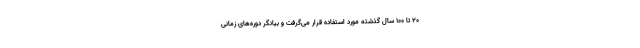
۲۰ تا ۱۰۰ سال گذشته مورد استفاده قرار می‌گرفت و بیانگر دوره‌های زمانی